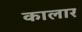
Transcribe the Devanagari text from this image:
कालार